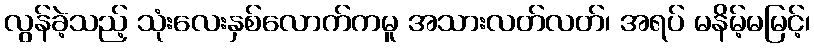
လွန်ခဲ့သည့် သုံးလေးနှစ်လောက်ကမူ အသားလတ်လတ်၊ အရပ် မနိမ့်မမြင့်၊